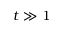
t \gg 1